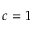
c = 1